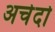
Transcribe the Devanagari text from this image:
अचेदो